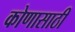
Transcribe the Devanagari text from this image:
कोणासाठी